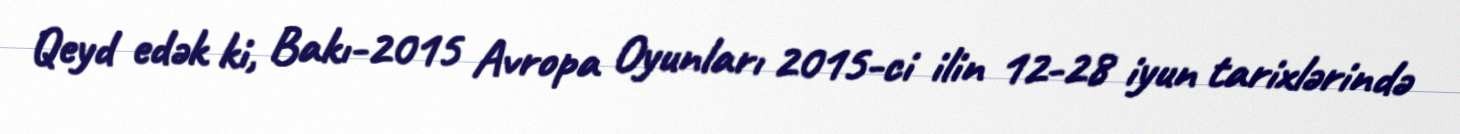
Qeyd edək ki, Bakı-2015 Avropa Oyunları 2015-ci ilin 12-28 iyun tarixlərində